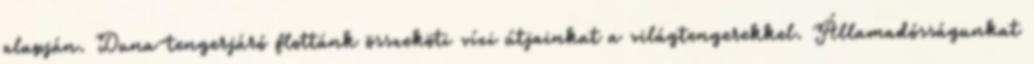
alapján. Duna-tengerjáró flottánk összeköti vízi útjainkat a világtengerekkel. Államadósságunkat